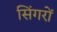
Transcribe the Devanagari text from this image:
सिंगरों